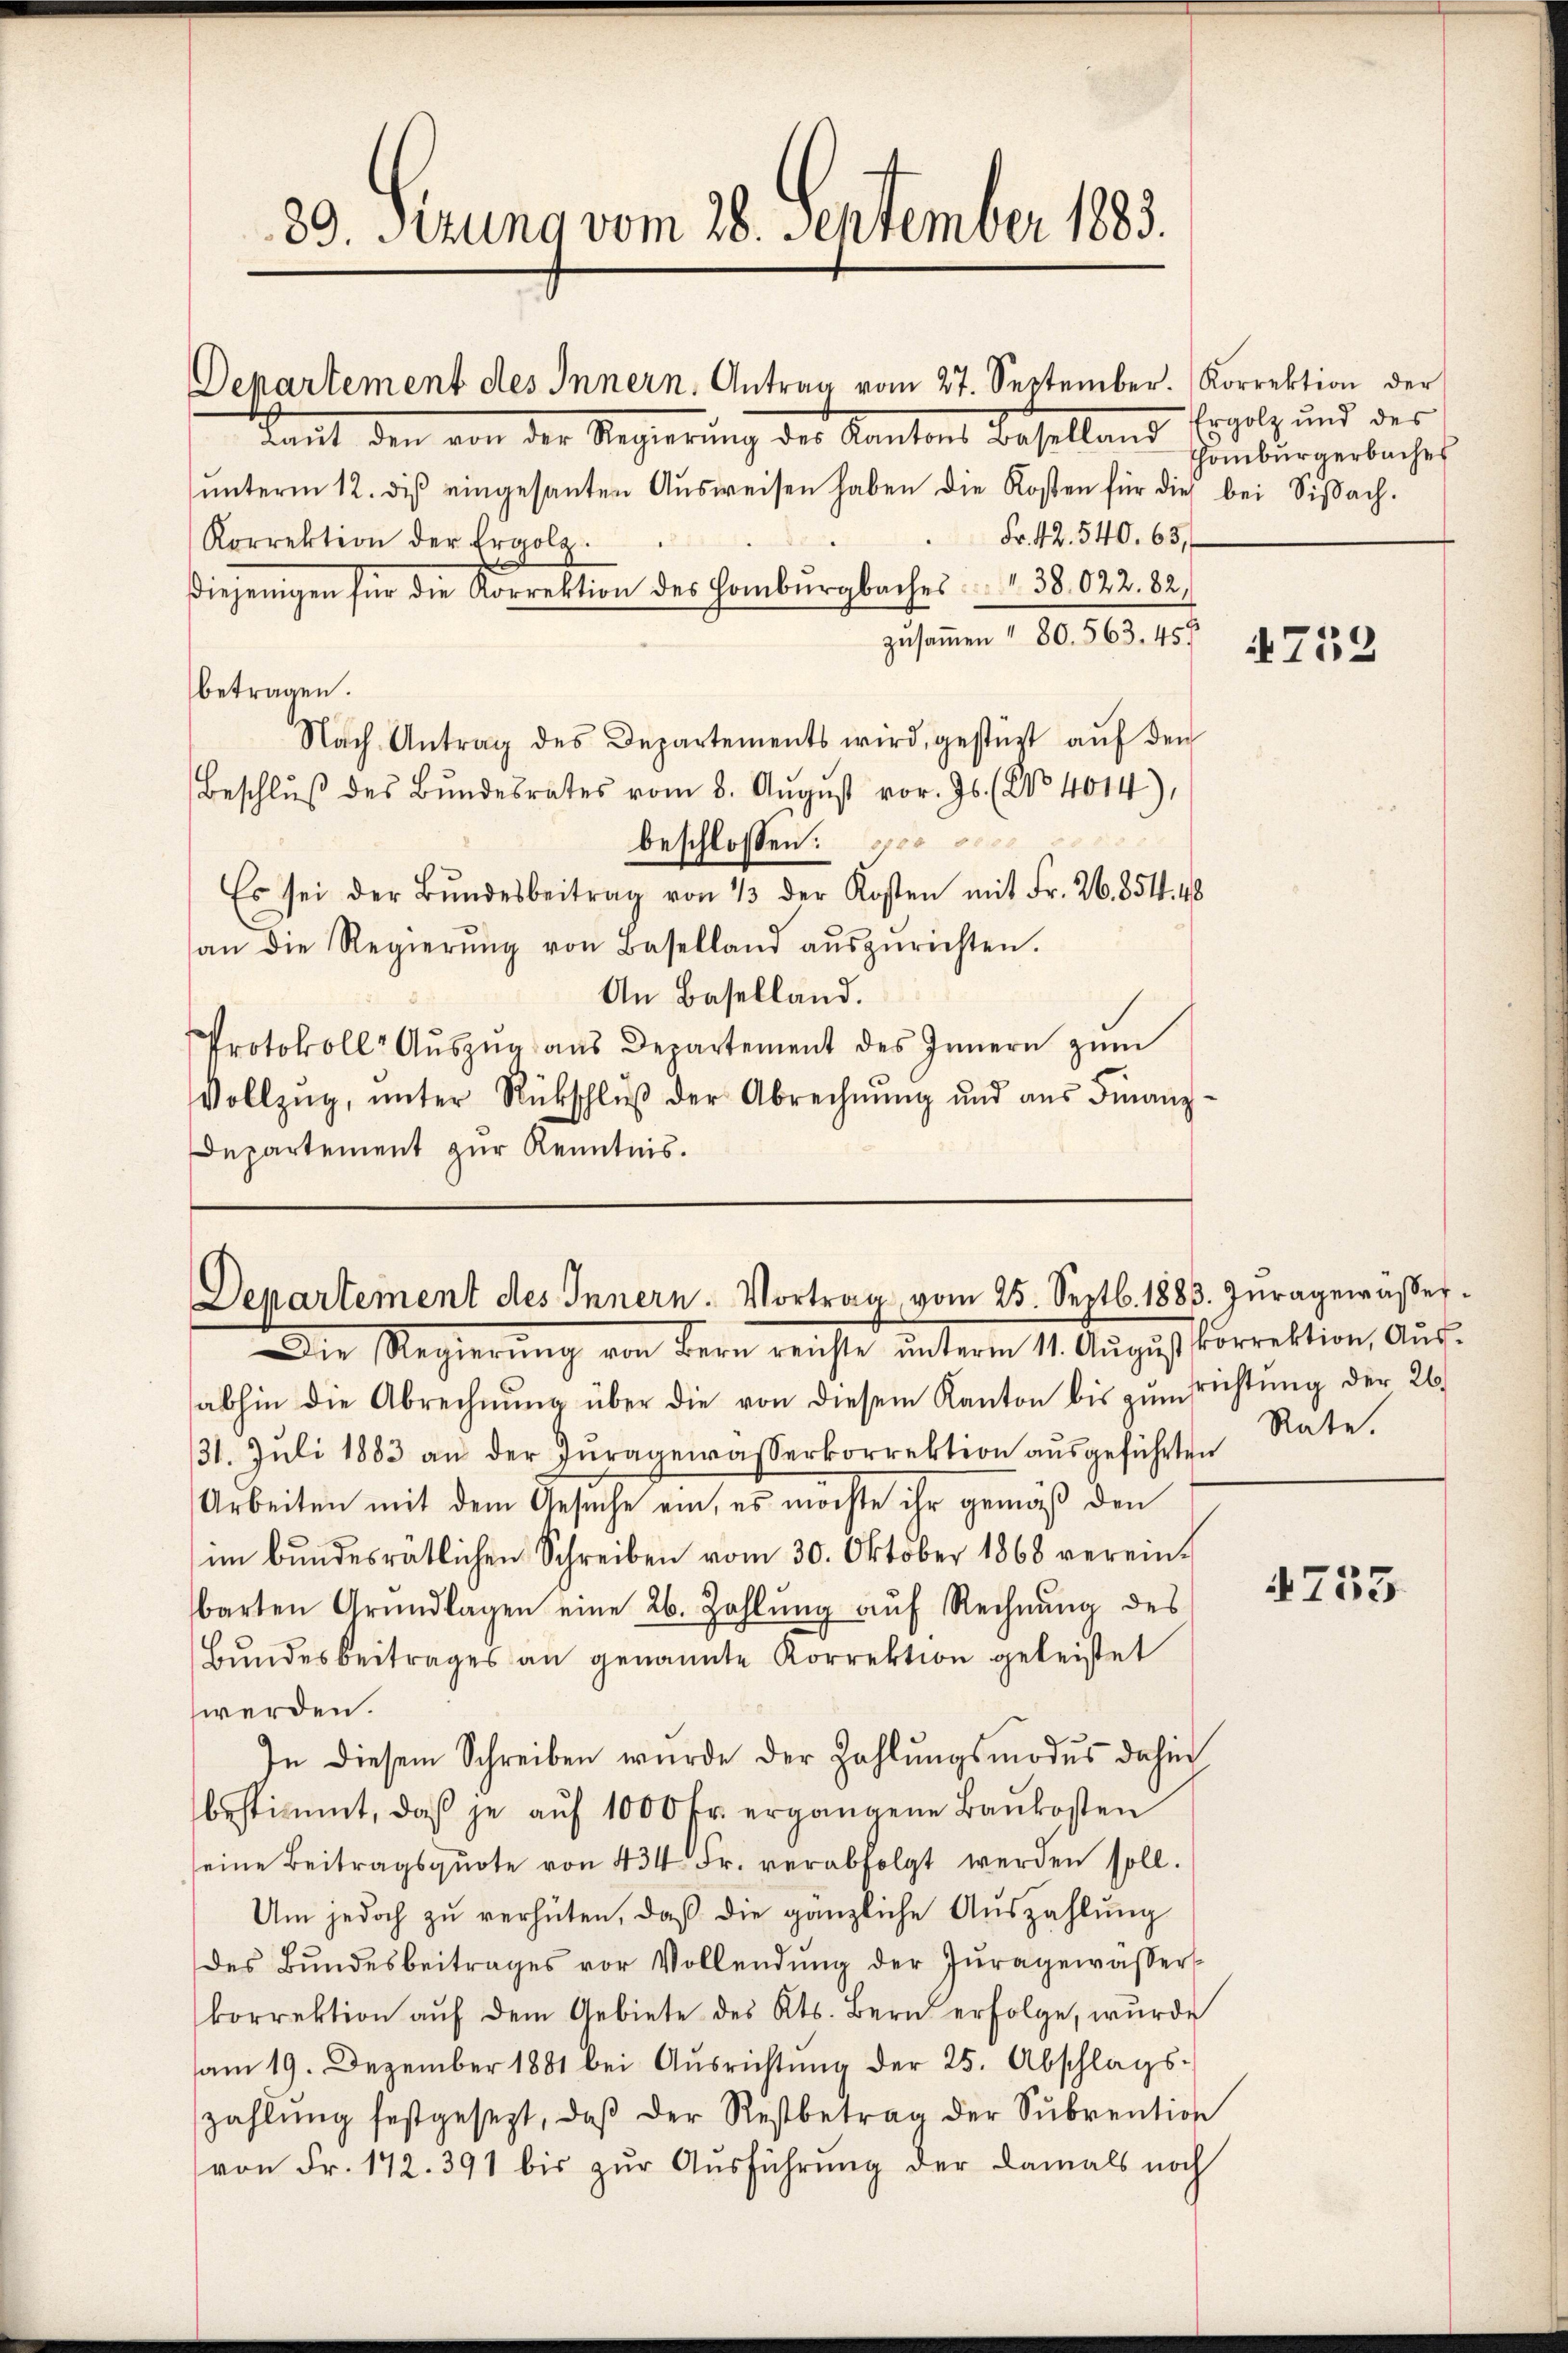
89. Ferung vom 28. September 1883.

Departement des Innern, Antrag vom 27. September.  Korrektion der
ant, den von der Regierung des Kantons Baselland
ŭnterm 12. diβ eingesanten Aŭsweisen haben die Kosten für die bei Siβach.
Fr. 42. 540. 63
Korrektion der Ergolz.
Diejenigen für die Korrektion des Hombŭrgbaches 138. 022. 82
zusammen " 80. 563. 455
Nach Antrag des Departements wird, gestüzt aŭf den
Beschlŭβ des Bŭndesrates vom 8. Aŭgŭst vor. Js. (No. 4014),
beschlossen: es
Es sei der Bŭndesbeitrag von 1/3 der Kosten mit Fr. 26. 854. 48
an die Regierŭng von Baselland aŭszŭrichten.
An Baselland.
Protokoll- Aŭszŭg ans Departement des Innern zŭm
Vollzŭg, ŭnter Rückschlŭβ der Abrechnŭng und aus Finanz-
Departement zur Kenntnis.

betragen.

Departement des Innern. Vortrag vom 25. Septb. 1883. Zŭragewasser

Ergolz und des
Thamburgerbaches

Die Regierung von Bern reichte ŭnterm 11. August korrektion, Ausabhin die Abrechnŭng über die von diesem Kanton bis zŭmsrichtŭng der 26.
31. Juli 1883 an der Zŭragewasserkorrektion aŭsgeführten
Arbeiten mit dem Gesuche ein, es möchte ihr gemäß den
im bŭndesrätlichen Schreiben vom 30. Oktober 1868 verein-
barten Grŭndlagen eine 26. Zahlŭng aŭf Rechnŭng des
Bŭndesbeitrages an genannte Korrektion geleistet
werden.
In diesem Schreiben wurde der Zahlŭngsmodus dahin
bestimmt, daβ je aŭf 1000 fr. ergangene Baŭkosten
seine Beitragsqŭote von 434 Fr. verabfolgt werden soll.
Um jedoch zu verhüten, daß die gänzliche Auszahlung
des Bŭndesbeitrages vor Vollendŭng der Zŭragewasser
korrektion aŭf dem Gebiete des Kts. Bern erfolge, wurde
am 19. Dezember 1881 bei Aŭsrichtŭng der 25. Abschlags-
zahlŭng festgesezt, daβ der Restbetrag der Sŭbvention
von Fr. 172. 391 bis zŭr Aŭsführŭng der Damals noch

752

Rate.

4735